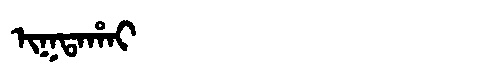
Manchu: ᡳᡴᡨᠠᡥᠠᡳ
Romanization: IKTAHAI